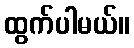
ထွက်ပါမယ်။